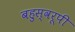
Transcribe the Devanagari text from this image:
बहुस्वरूपी